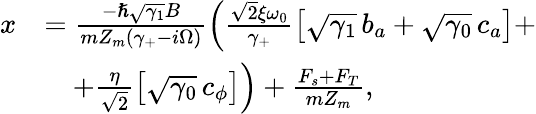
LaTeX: \begin{array}{rl}{x}&{=\frac{-\hslash\sqrt{\gamma_{1}}B}{mZ_{m}(\gamma_{+}-i\Omega)}\left(\frac{\sqrt 2\xi\omega_{0}}{\gamma_{+}}\big[\sqrt{\gamma_{1}}\, b_{a}+\sqrt{\gamma_{0}}\, c_{a}\big]+\right.}\\ &{\quad\left.+\frac{\eta}{\sqrt 2}\left[\sqrt{\gamma_{0}}\, c_{\phi}\right]\right)+\frac{F_{s}+F_{T}}{mZ_{m}},}\end{array}